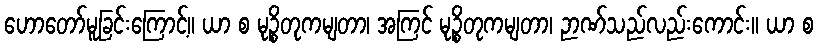
ဟောတော်မူခြင်းကြောင့်။ ယာ စ မုဉ္စိတုကမျတာ၊ အကြင် မုဉ္စိတုကမျတာ၊ ဉာဏ်သည်လည်းကောင်း။ ယာ စ